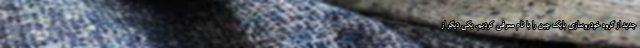
جدید از گروه خودروسازی بایک چین را با نام معرفی کردیم. یکی دیگر از